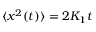
\langle x ^ { 2 } ( t ) \rangle = 2 K _ { 1 } t